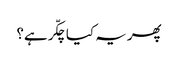
پھر یہ کیا چکّر ہے؟